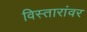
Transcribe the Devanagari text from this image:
विस्तारांवर